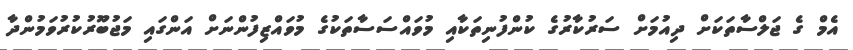
އެމް ގެ ޖަލްސާތަކަށް ދިއުމަށް ސަރުކާރުގެ ކުންފުނިތަކާއި މުވައްސަސާތަކުގެ މުވައްޒިފުންނަށް އަންގައި މަޖުބޫރުކުރުވަމުންދާ